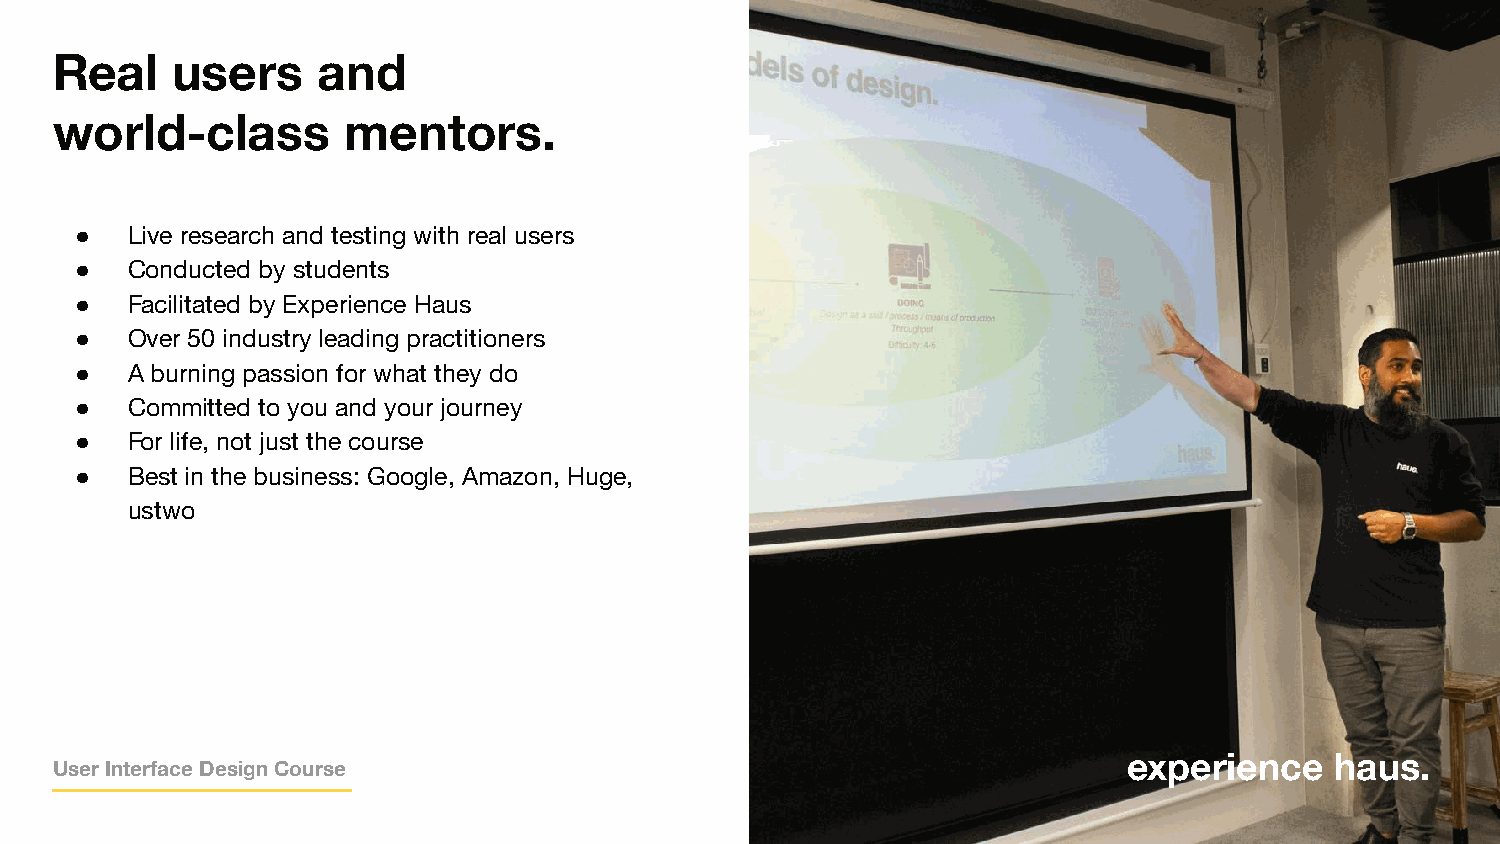
Real    users     and
 world-class         mentors.
 ●  Live research and testing with real users
 ●  Conducted by students
 ●  Facilitated by Experience Haus
 ●  Over 50 industry leading practitioners
 ●  A burning passion for what they do
 ●  Committed to you and your journey
 ●  For life, not just the course
 ●  Best in the business: Google, Amazon, Huge,
 ustwo
 eeexxxpppeeerrriiieeennnccceee hhhaaauuusss...
 User Interface Design Course